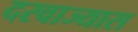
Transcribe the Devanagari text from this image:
दरवाज्यास